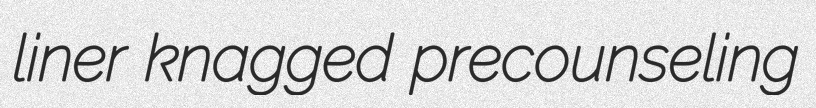
liner knagged precounseling